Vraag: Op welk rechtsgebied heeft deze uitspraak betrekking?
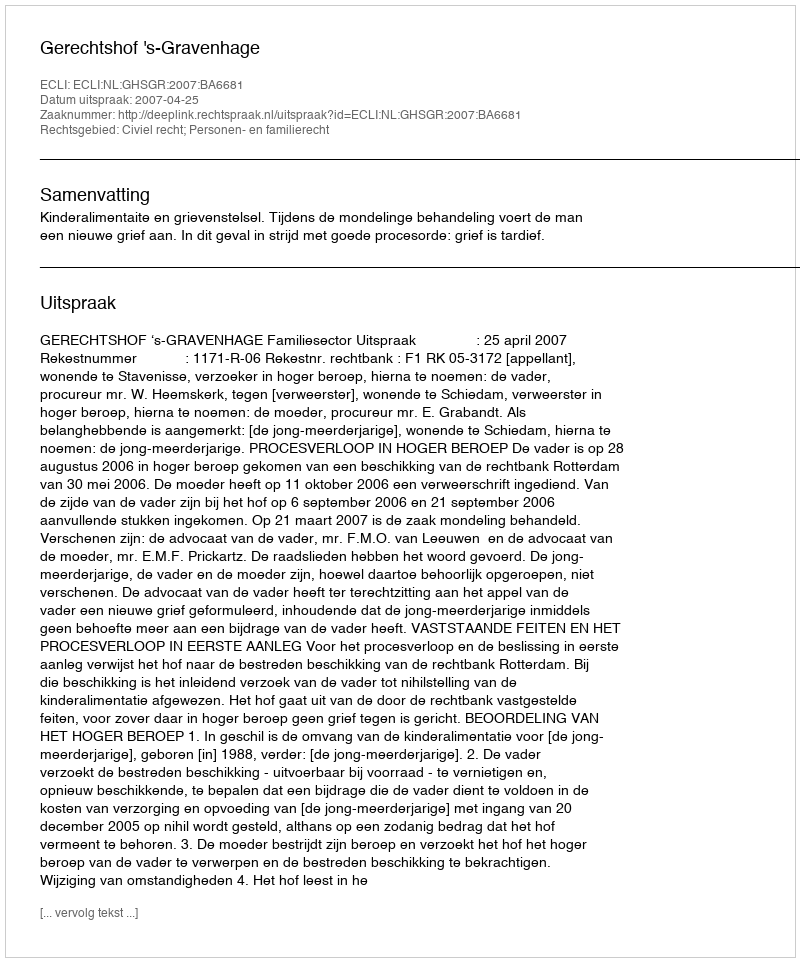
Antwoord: Civiel recht; Personen- en familierecht